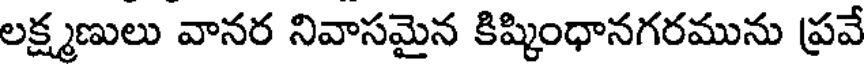
లక్ష్మణులు వానర నివాసమైన కిష్కింధానగరమును ప్రవే